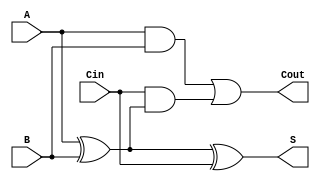
module FullAdder (
    input  wire A,    // First input bit
    input  wire B,    // Second input bit
    input  wire Cin,  // Carry-in bit
    output reg  S,    // Sum output
    output reg  Cout   // Carry-out output
);

    // Always block that executes whenever A, B, or Cin changes
    always @(*) begin
        // Calculate the Sum output (S)
        S = A ^ B ^ Cin;

        // Calculate the Carry-out output (Cout)
        Cout = (A & B) | (Cin & (A ^ B));
    end

endmodule